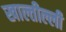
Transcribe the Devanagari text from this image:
खाल्तील्ली